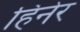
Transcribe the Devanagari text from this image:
हिनेर